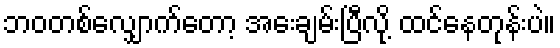
ဘဝတစ်လျှောက်တော့ အေးချမ်းပြီလို့ ထင်နေတုန်းပဲ။